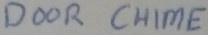
Text: DOOR CHIME